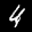
Label: 4